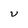
Character: v